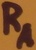
Text: RA